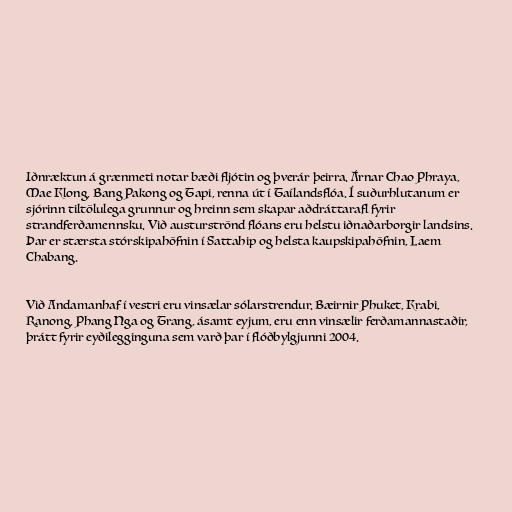
Iðnræktun á grænmeti notar bæði fljótin og þverár þeirra. Árnar Chao Phraya,
Mae Klong, Bang Pakong og Tapi, renna út í Taílandsflóa. Í suðurhlutanum er
sjórinn tiltölulega grunnur og hreinn sem skapar aðdráttarafl fyrir
strandferðamennsku. Við austurströnd flóans eru helstu iðnaðarborgir landsins.
Þar er stærsta stórskipahöfnin í Sattahip og helsta kaupskipahöfnin, Laem
Chabang.

Við Andamanhaf í vestri eru vinsælar sólarstrendur. Bæirnir Phuket, Krabi,
Ranong, Phang Nga og Trang, ásamt eyjum, eru enn vinsælir ferðamannastaðir,
þrátt fyrir eyðilegginguna sem varð þar í flóðbylgjunni 2004.